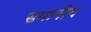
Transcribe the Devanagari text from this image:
समानीय